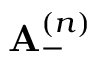
{ \bf A } _ { - } ^ { ( n ) }